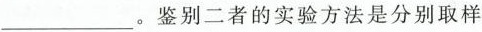
___。鉴别二者的实验方法是分别取样